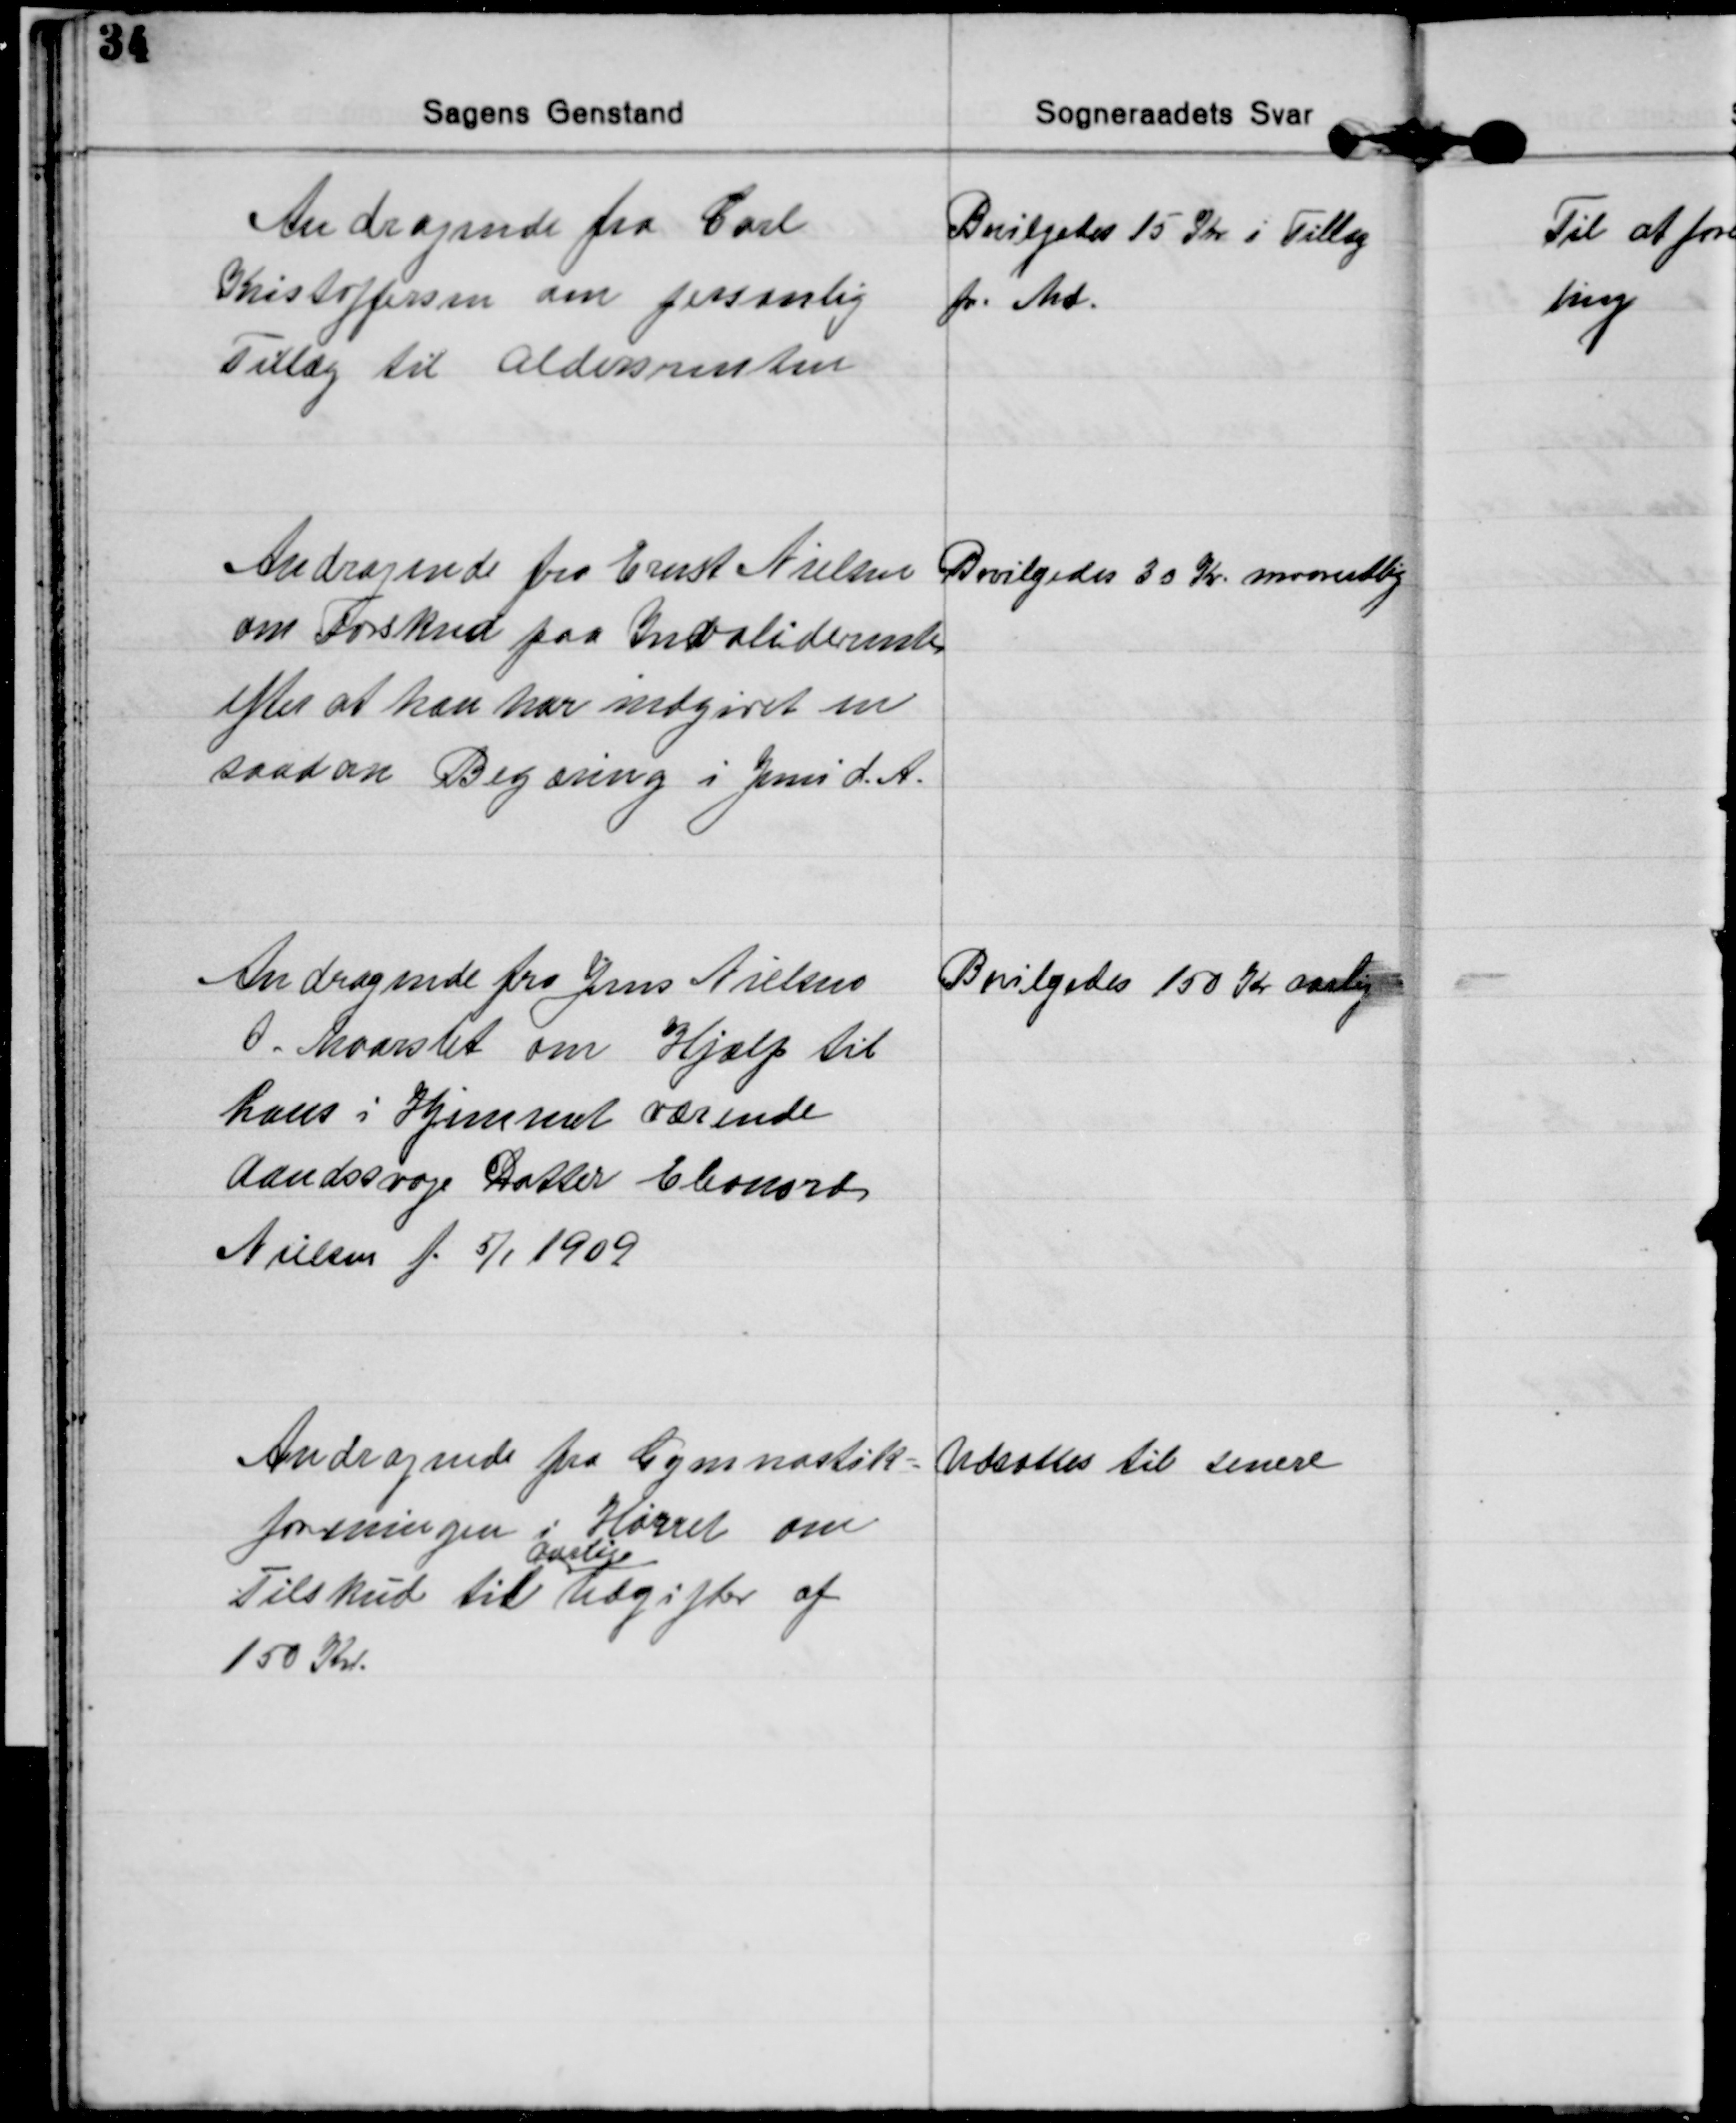
Transskription:
Andragende fra Carl
Kristoffersen om personlig
Tillæg til aldersrenten
Bevilgedes 15 Kr i Tillæg
pr. Md.

Andragende fra Ernst Nielsen
om Forskud paa Invaliderente
efter at han har indgivet en
saadan Begæring i Juni d. A.
Bevilgedes 30 Kr maanedlig

Andragende fra Jens Nielsen
0. Maarslet om Hjælp til
hans i Hjemmet værende
aandssvage Datter Eleonord
Nielsen f. 5/1 1909
Bevilgedes 150 Kr aarlig

Andragende fra Gymnastik=
foreningen i Hørret om
Tilskud til 
aarlige
Udgifter af
150 Kr.
Udsattes til senere